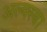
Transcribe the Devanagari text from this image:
अल्क्स्बा